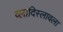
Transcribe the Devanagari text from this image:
व्लादिस्लावला